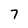
Character: 7